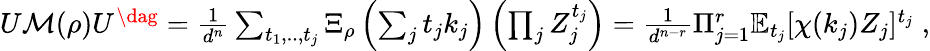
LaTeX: \begin{array}{r}{U\mathcal M(\rho)U^{\dag}=\frac{1}{d^{n}}\sum_{t_{1},..,t_{j}}\Xi_{\rho}\left(\sum_{j}t_{j}k_{j}\right)\left(\prod_{j}Z_{j}^{t_{j}}\right)=\frac{1}{d^{n-r}}\Pi_{j=1}^{r}\mathbb{E}_{t_{j}}[\chi(k_{j})Z_{j}]^{t_{j}}\; ,}\end{array}